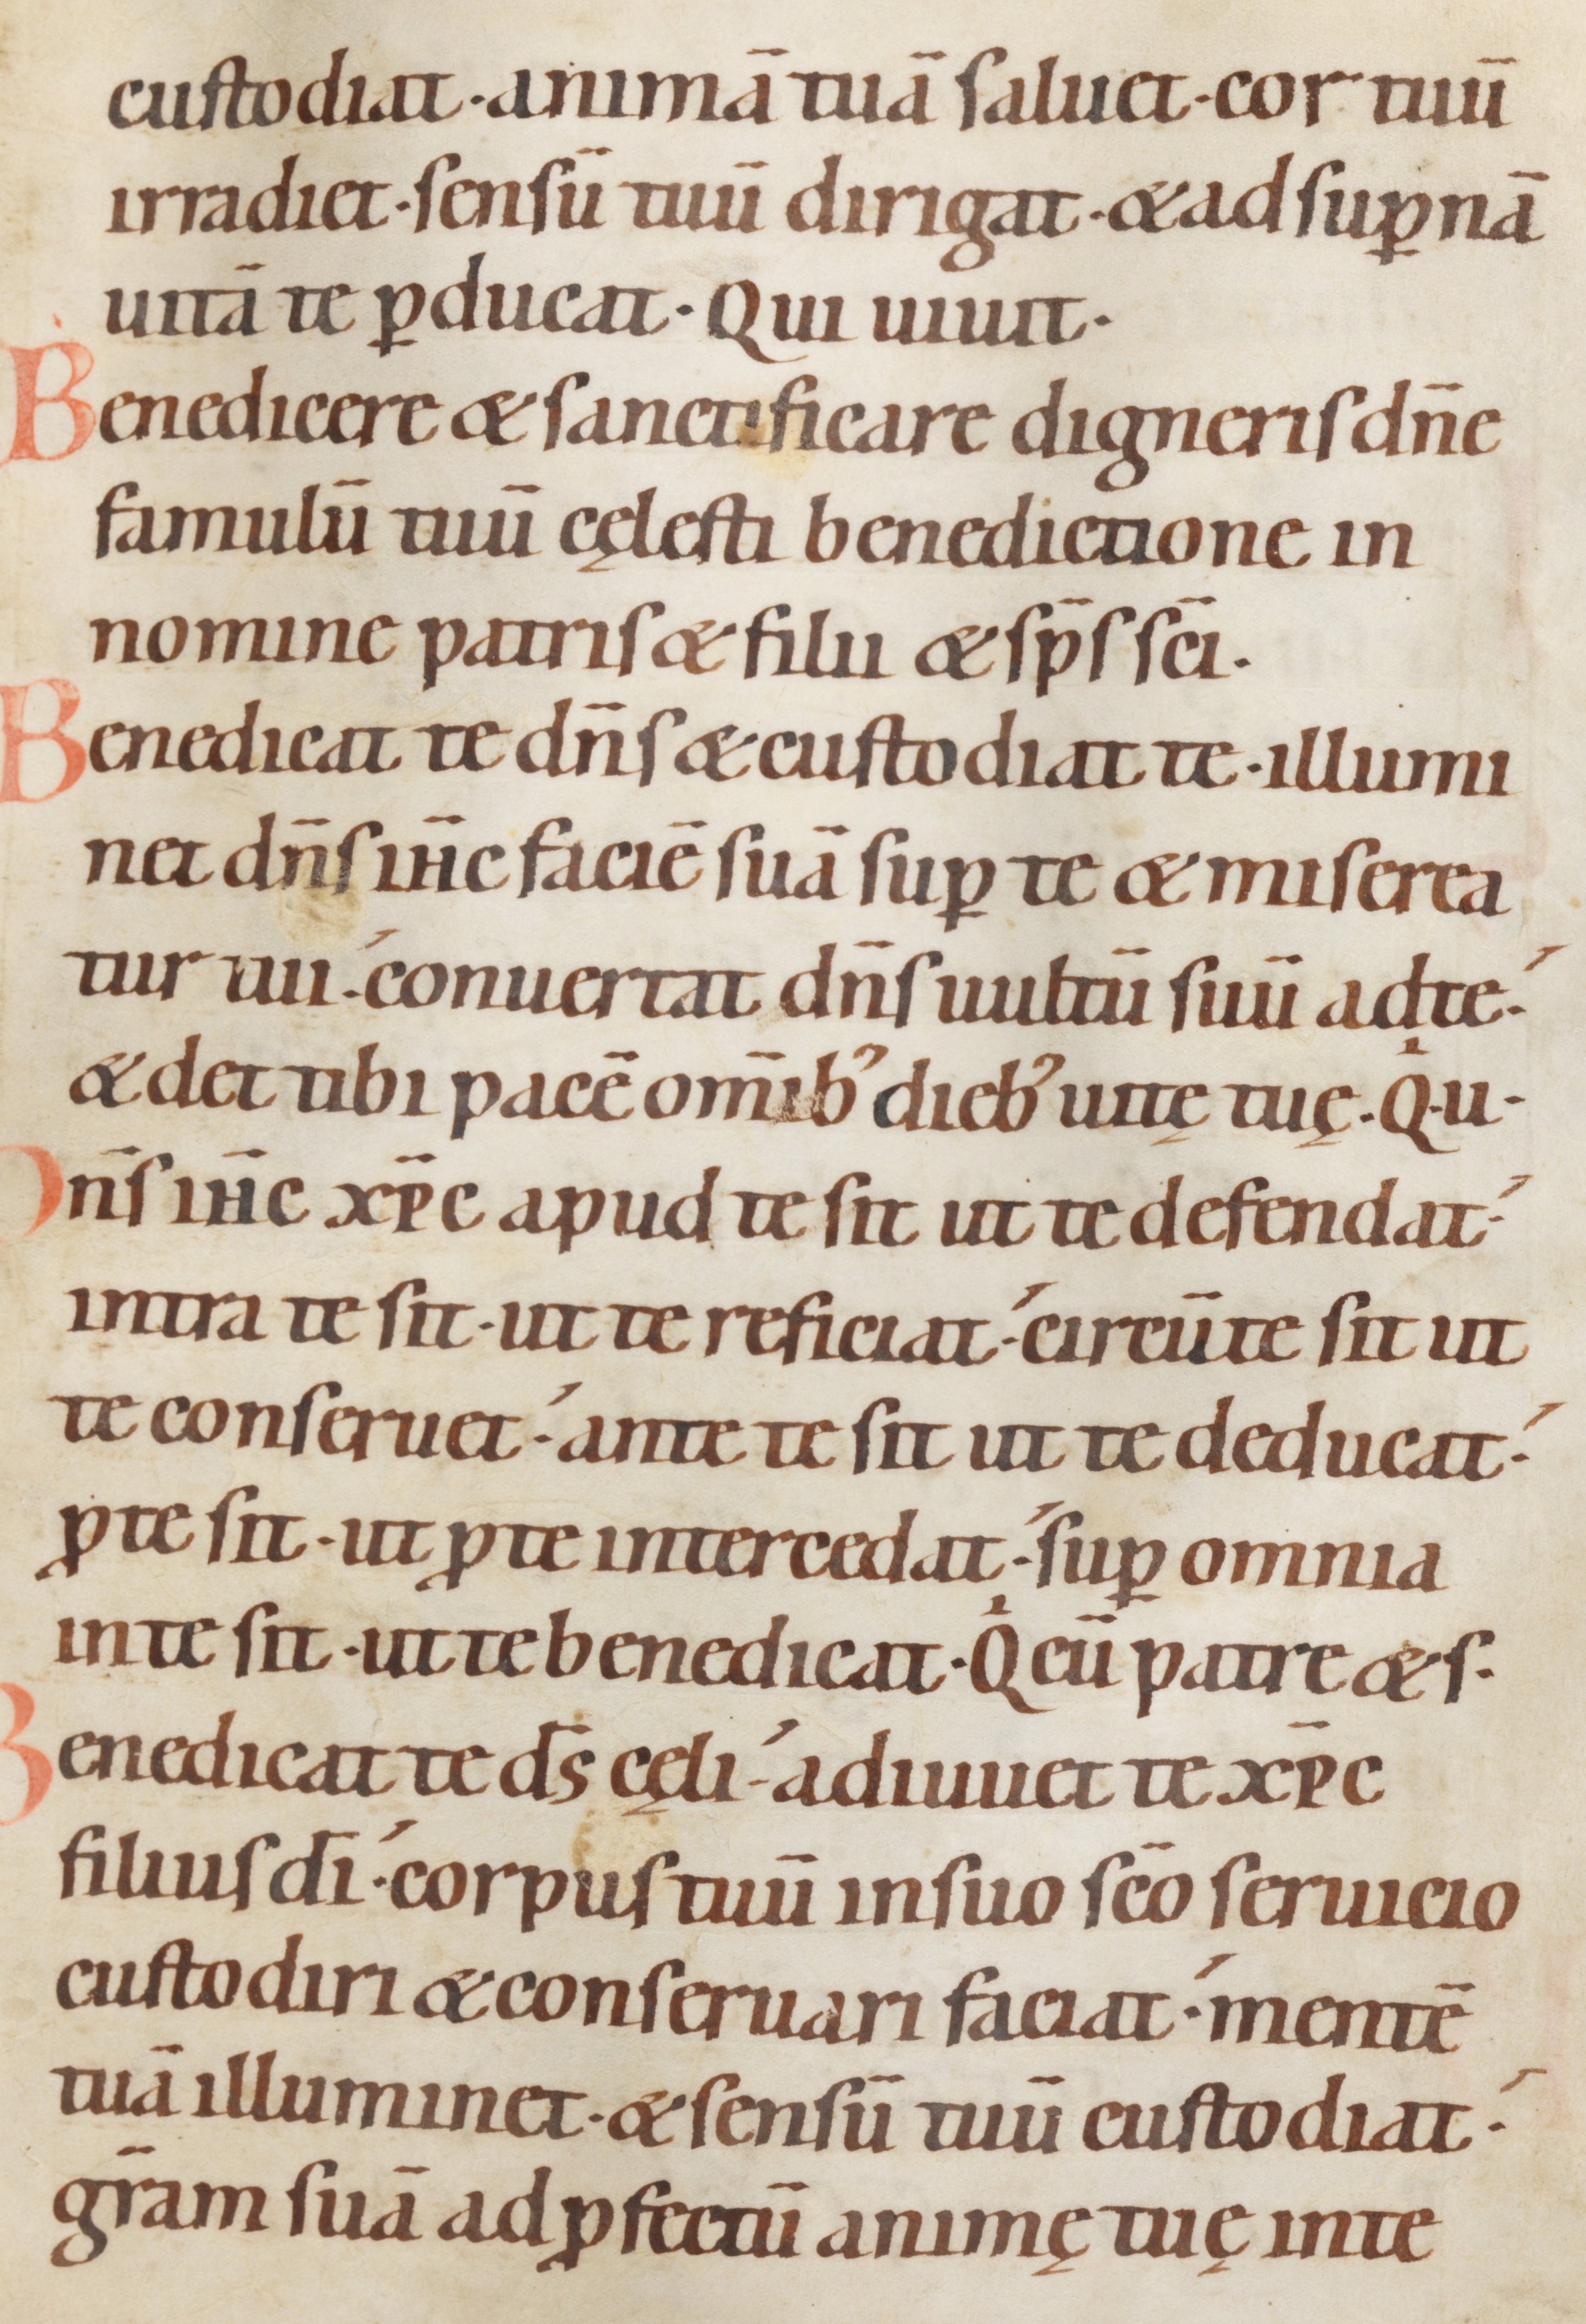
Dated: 1100–1199